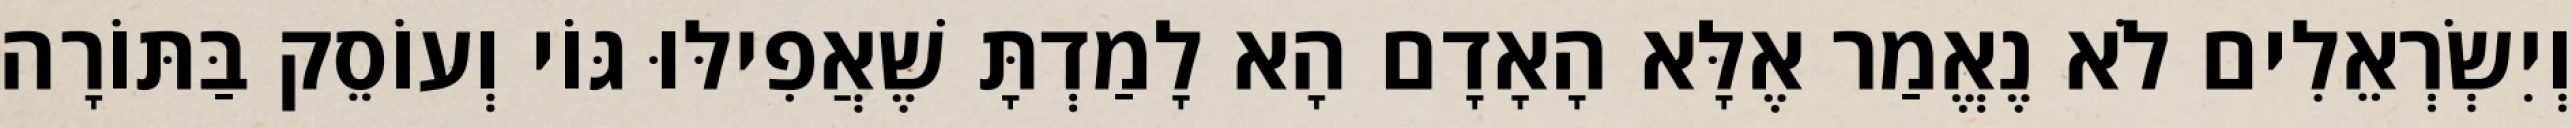
וְיִשְׂרְאֵלִים לֹא נֶאֱמַר אֶלָּא הָאָדָם הָא לָמַדְתָּ שֶׁאֲפִילּוּ גּוֹי וְעוֹסֵק בַּתּוֹרָה